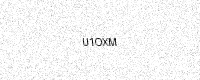
Text: U1OXM